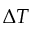
\Delta T